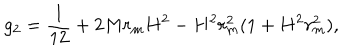
g _ { 2 } = \frac { 1 } { 1 2 } + 2 M r _ { m } H ^ { 2 } - H ^ { 2 } r _ { m } ^ { 2 } ( 1 + H ^ { 2 } r _ { m } ^ { 2 } ) ,